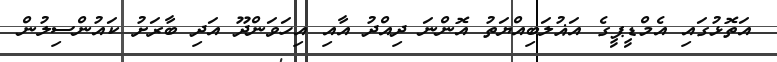
އަތޮޅުގައި އެމްޑީޕީގެ އަޣުލަބިއްޔަތު އޮންނަ ދިއްދު އާއި އިހަވަންދޫ އަދި ބާރަށު ކައުންސިލުން